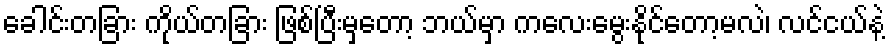
ခေါင်းတခြား ကိုယ်တခြား ဖြစ်ပြီးမှတော့ ဘယ်မှာ ကလေးမွေးနိုင်တော့မလဲ၊ လင်ငယ်နဲ့